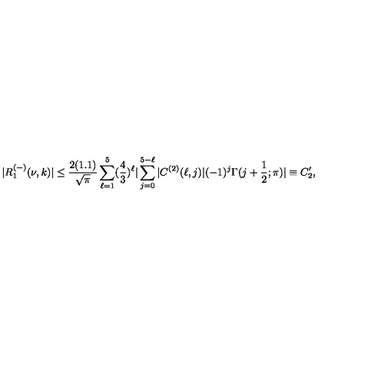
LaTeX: | R _ { 1 } ^ { ( - ) } ( \nu , k ) | \leq \frac { 2 ( 1 . 1 ) } { \sqrt { \pi } } \sum _ { \ell = 1 } ^ { 5 } ( \frac { 4 } { 3 } ) ^ { \ell } | \sum _ { j = 0 } ^ { 5 - \ell } | C ^ { ( 2 ) } ( \ell , j ) | ( - 1 ) ^ { j } \Gamma ( j + \frac { 1 } { 2 } ; \pi ) | \equiv C _ { 2 } ^ { \prime } ,